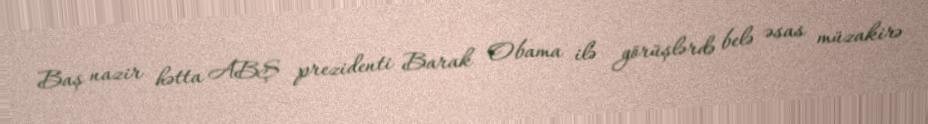
Baş nazir hətta ABŞ prezidenti Barak Obama ilə görüşlərdə belə əsas müzakirə